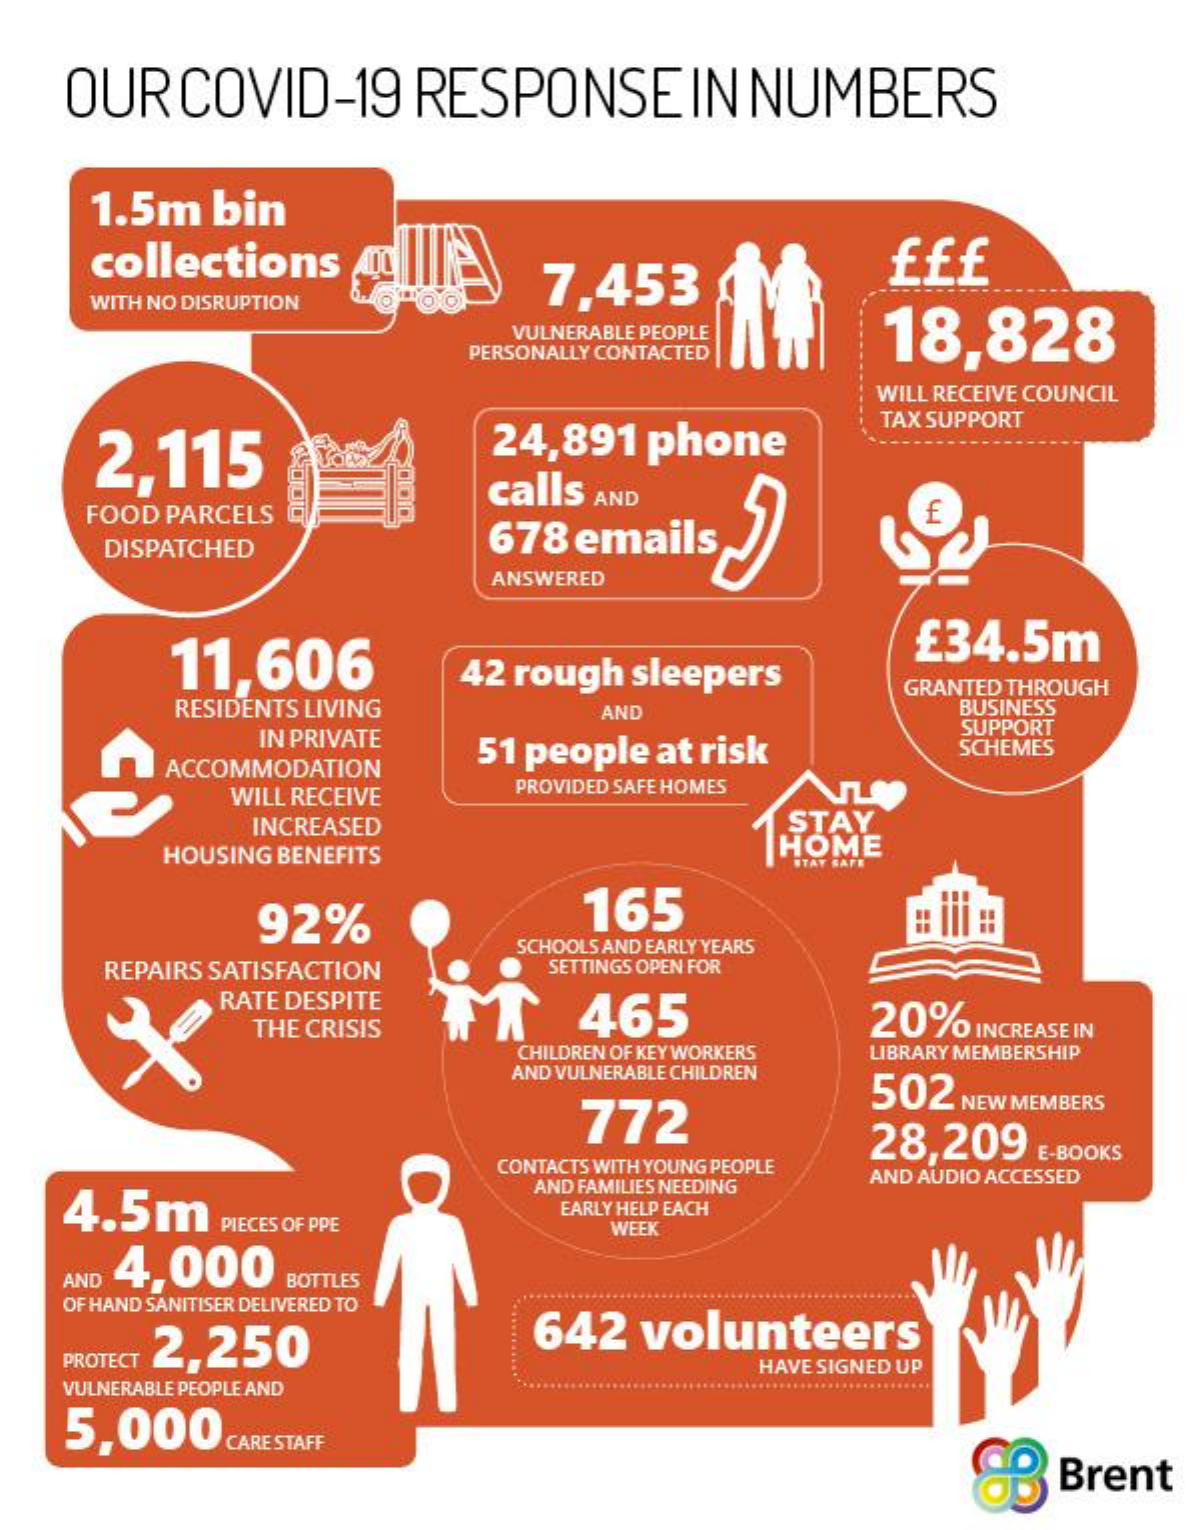
OUR   COVID-19    RESPONSEIN    NUMBERS
     1.5m   bin
     collections
     7,453
     WITH NO DISRUPTION
     VULNERABLE PEOPLE   18,828
     PERSONALLY CONTACTED
     WILL RECEIVE COUNCIL
     2,115    24,891  phone
     TAX SUPPORT
     calls AND
     FOOD PARCELS
     DISPATCHED    678 emails
     ANSWERED
     11,606    42 rough sleepers
     £34.5m
     RESIDENTS LIVING
     GRANTED THROUGH
     AND    BUSINESS
     IN PRIVATE
     SUPPORT
     ACCOMMODATION
     51 people at risk    SCHEMES
     WILL RECEIVE   PROVIDED SAFE HOMES
     INCREASED    STAY
     HOUSING BENEFITS    HOME
     STAY SAFE
     92%    165    e iii ::
     SCHOOLS AND EARLY YEARS
     REPAIRS SATISFACTION    SETTINGS OPEN FOR
     RATE DESPITE
     THE CRISIS
     465    20%  INCREASE IN
     CHILDREN OF KEY WORKERS
     AND VULNERABLE CHILDREN
     LIBRARY MEMBERSHIP
     772
     502  NEW MEMBERS
     28,209
     CONTACTS WITH YOUNG PEOPLE
     E-BOOKS
    4.5m
     AND FAMILIES NEEDING
     AND AUDIO ACCESSED
     PIECES OF PPE
     EARLY HELP EACH
     WEEK
     4,000 AND BOTTLES
    OF HAND SANITISER DELIVERED TO
    PROTECT 2,250    642   volunteers
    VULNERABLE PEOPLE AND
     HAVE SIGNED UP
    5,000
     Brent